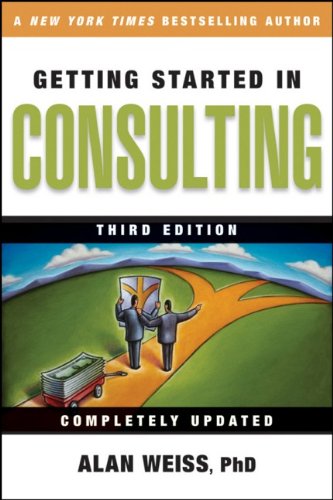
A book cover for Getting Started in Consulting; Alan Weiss; Business & Money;